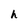
Character: h